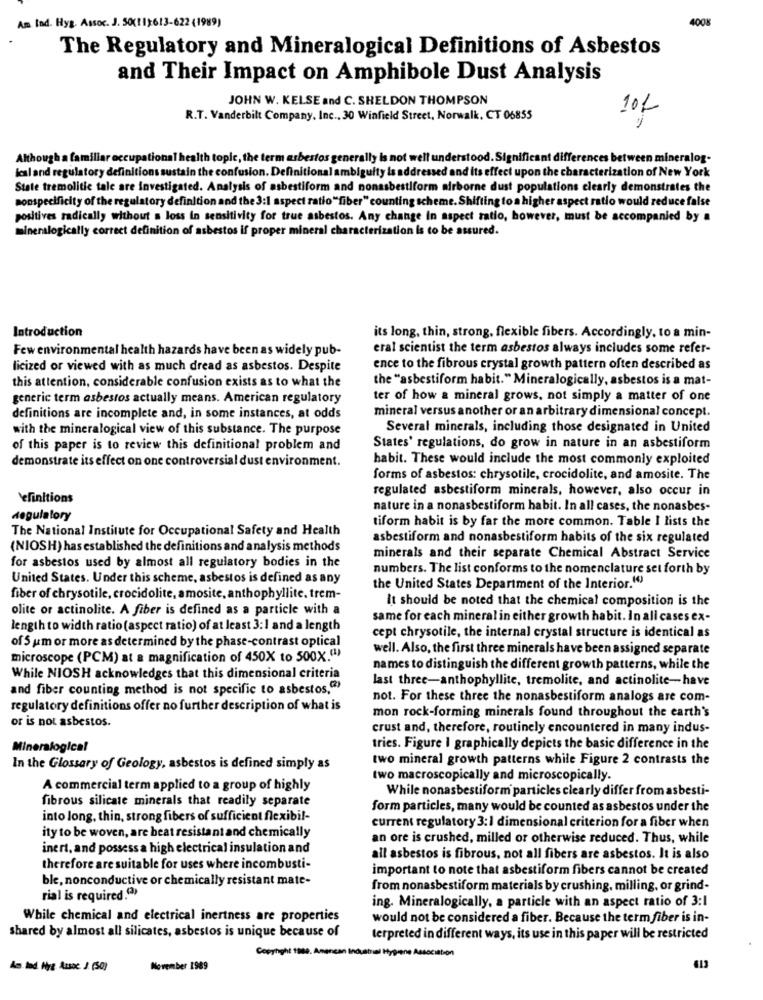
400K
Am Ind. Hyg. Assoc. J. 50(11)613-622 (1989)
The Regulatory and Mineralogical Definitions of Asbestos
and Their Impact on Amphibole Dust Analysis
JOHN W. KELSE and C. SHELDON THOMPSON
R.T. Vanderbilt Company, Inc ., 30 Winfield Street, Norwalk, CT 06855
101
Although a familiar occupational health topic, the term asbestos generally is not well understood. Significant differences between mineralog.
icaland regulatory definitions sustain the confusion. Definitional ambiguity is addressed and its effect upon the characterization of New York
State tremolitic tale are investigated. Analysis of asbestiform and nonasbestiform airborne dust populations clearly demonstrates the
nonspecificity of the regulatory definition and the 3:1 aspect ratio"fiber" counting scheme. Shifting to a higher aspect ratio would reduce false
positives radically without a loss in sensitivity for true asbestos. Any change in aspect ratio, however, must be accompanied by a
mineralogically correct definition of asbestos if proper mineral characterization is to be assured.
Introduction
its long, thin, strong, flexible fibers. Accordingly, to a min-
Few environmenta
s have been as widely pub-
eral scientist the term asbestos always includes some refer-
licized or viewed with as much dread as asbestos. Despite
ence to the fibrous crystal growth pattern often described as
the "asbestiform habit." Mineralogically, asbestos is a mat-
this attention, considerable confusion exists as to what the
generic term asbestos actually means. American regulatory
ter of how a mineral grows, not simply a matter of one
mineral versus another or an arbitrary dimensional concept.
definitions are incomplete and, in some instances, at odds
with the mineralogical view of this substance. The purpose
Several minerals, including those designated in United
of this paper is to review this definitional problem and
States' regulations, do grow in nature in an asbestiform
demonstrate its effect on one controversial dust environment.
habit. These would include the most commonly exploited
forms of asbestos: chrysotile, crocidolite, and amosite. The
regulated asbestiform minerals, however, also occur in
efinitions
nature in a nonasbestiform habit. In all cases, the nonasbes-
Regulatory
tiform habit is by far the more common. Table I lists the
The National Institute for Occupational Safety and Health
asbestiform and nonasbestiform habits of the six regulated
(NIOSH) has established the definitions and analysis methods
minerals and their separate Chemical Abstract Service
for asbestos used by almost all regulatory bodies in the
numbers. The list conforms to the nomenclature set forth by
United States. Under this scheme, asbestos is defined as any
the United States Department of the Interior.")
fiber of chrysotile, crocidolite, amosite, anthophyllite. trem-
It should be noted that the chemical composition is the
olite or actinolite. A fiber is defined as a particle with a
same for each mineral in either growth habit. In all cases ex-
length to width ratio (aspect ratio) of at least 3:1 and a length
of S um or more as determined by the phase-contrast optical
cept chrysotile, the internal crystal structure is identical as
well. Also, the first three minerals have been assigned separate
microscope (PCM) at a magnification of 450X to 500X.(1)
names to distinguish the different growth patterns, while the
While NIOSH acknowledges that this dimensional criteria
last three-anthophyllite, tremolite, and actinolite-have
and fiber counting method is not specific to asbestos,(2)
not. For these three the nonasbestiform analogs are com-
regulatory definitions offer no further description of what is
mon rock-forming minerals found throughout the earth's
or is not asbestos.
crust and, therefore, routinely encountered in many indus-
Mineralogical
tries. Figure I graphically depicts the basic difference in the
two mineral growth patterns while Figure 2 contrasts the
In the Glossary of Geology, asbestos is defined simply as
two macroscopically and microscopically.
A commercial term applied to a group of highly
While nonasbestiform particles clearly differ from asbesti-
fibrous silicate minerals that readily separate
form particles, many would be counted as asbestos under the
into long, thin, strong fibers of sufficient flexibil-
ity to be woven, are heat resistant and chemically
current regulatory 3: 1 dimensional criterion for a fiber when
an ore is crushed, milled or otherwise reduced. Thus, while
inert, and possess a high electrical insulation and
all asbestos is fibrous, not all fibers are asbestos. It is also
therefore are suitable for uses where incombusti-
important to note that asbestiform fibers cannot be created
ble, nonconductive or chemically resistant mate-
from nonasbestiform materials by crushing, milling, or grind-
rial is required.(2)
ing. Mineralogically, a particle with an aspect ratio of 3:1
While chemical and electrical inertness are properties
would not be considered a fiber. Because the term fiber is in-
shared by almost all silicates, asbestos is unique because of
terpreted in different ways, its use in this paper will be restricted
Copyright 19de. Amencan Industrial Hygiene Association
Ams lad. Hyg. Assoc. J. (50)
November 1989
413